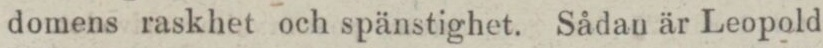
domens raskhet och spänstighet. Sådan är Leopold